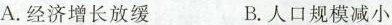
A. 经济增长放缓 B. 人口规模减小